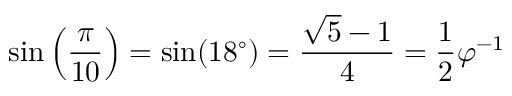
\sin \left( { \frac { \pi } { 1 0 } } \right) = \sin ( 1 8 ^ { \circ } ) = { \frac { { \sqrt { 5 } } - 1 } { 4 } } = { \frac { 1 } { 2 } } \varphi ^ { - 1 }